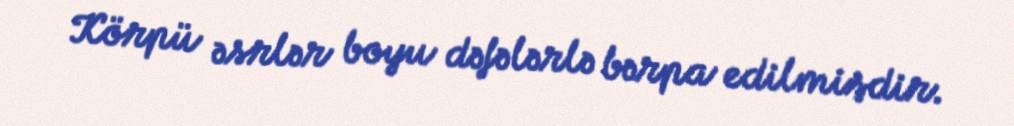
Körpü əsrlər boyu dəfələrlə bərpa edilmişdir.